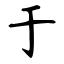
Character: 于